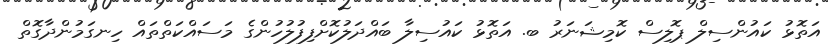
އަތޮޅު ކައުންސިލް ޕޮލިސް ކޮމިޝަނަރު ބ. އަތޮޅު ކައުސިލާ ބައްދަލުކޮށްފިފުލުހުންގެ މަސައްކަތްތައް ހިނގަމުންދާގޮތް